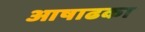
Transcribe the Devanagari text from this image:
आषाढका